Indian journal of veterinary science and animal husbandry - Volume 4,
Year: 1934
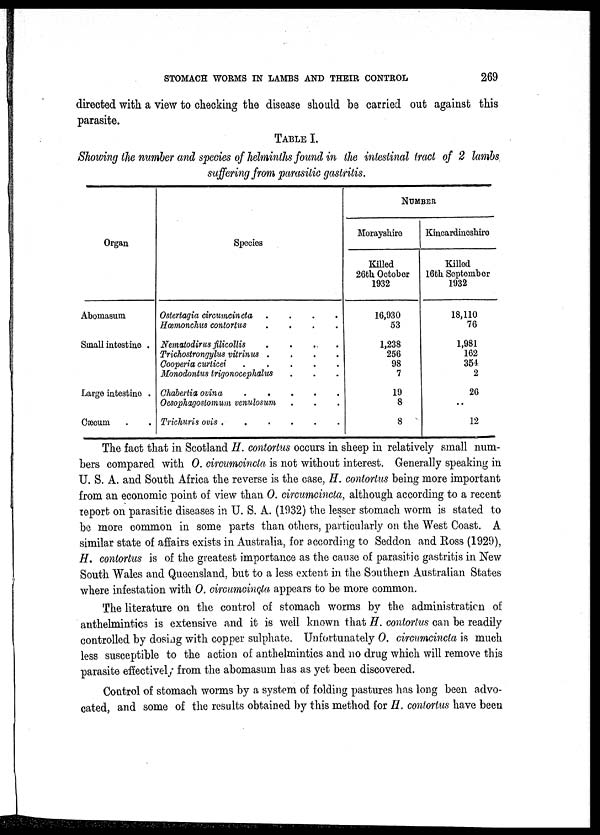
STOMACH WORMS IN LAMBS AND THEIR CONTROL
269
directed with a view to checking the disease should be carried out against this
parasite.
TABLE I.
Showing the number and species of helminths found in the intestinal tract of 2 lambs
suffering from parasitic gastritis.
Organ
Abomasum
Small intestine .
Large intestine .
Caecum . .
Species
Ostertagia circumcincta
.
.
. .
Hœmonchus contortus
.
.
.
.
Nematodirus
filicollis
.
.
.
.
Trichostrongylus vitrinus .
.
.
.
Cooperia curticei
.
.
.
.
.
Monodontus trigonocephalus . . .
Chabertia ovina
.
.
.
.
.
Oesophagostomum venulosum . . .
Trichuris ovis
.
.
.
.
.
NUMBER
Morayshire
Killed
26th October
1932
16,930
53
1,238
256
98
7
19
8
8
Kincardineshire
Killed
16th September
1932
18,110
76
1,981
162
354
2
26
..
12
The fact that in Scotland H. contortus occurs in sheep in relatively small num-
bers compared with O. circumcincta is not without interest. Generally speaking in
U. S. A. and South Africa the reverse is the case, H. contortus being more important
from an economic point of view than O. circumcincta, although according to a recent
report on parasitic diseases in U. S. A. (1932) the lesser stomach worm is stated to
be more common in some parts than others, particularly on the West Coast. A
similar state of affairs exists in Australia, for according to Seddon and Ross (1929),
H. contortus is of the greatest importance as the cause of parasitic gastritis in New
South Wales and Queensland, but to a less extent in the Southern Australian States
where infestation with O. circumcincta appears to be more common.
The literature on the control of stomach worms by the administration of
anthelmintics is extensive and it is well known that H. contortus can be readily
controlled by dosing with copper sulphate. Unfortunately O. circumcincta is much
less susceptible to the action of anthelmintics and no drug which will remove this
parasite effectively from the abomasum has as yet been discovered.
Control of stomach worms by a system of folding pastures has long been advo-
cated, and some of the results obtained by this method for H. contortus have been